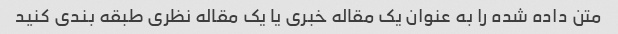
متن داده شده را به عنوان یک مقاله خبری یا یک مقاله نظری طبقه بندی کنید